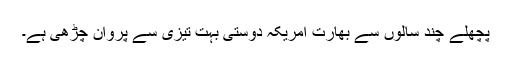
پچھلے چند سالوں سے بھارت امریکہ دوستی بہت تیزی سے پروان چڑھی ہے۔